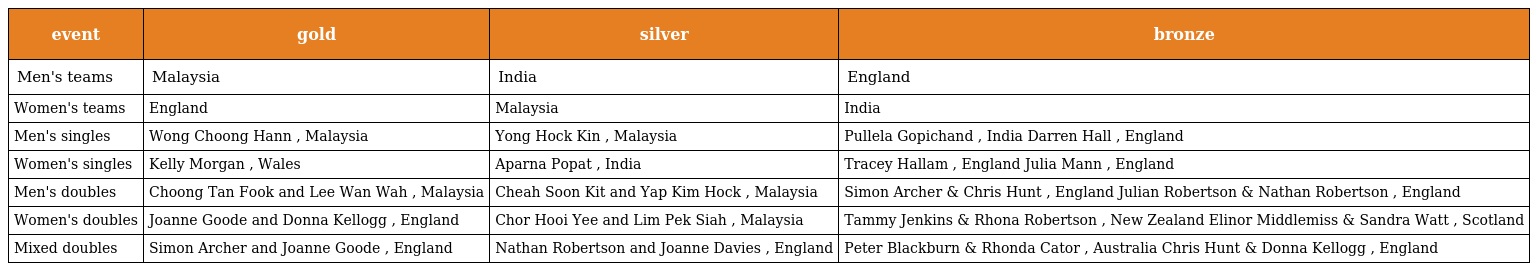
| event | gold | silver | bronze |
 | --- | --- | --- | --- |
 | Men's teams | Malaysia | India | England |
 | Women's teams | England | Malaysia | India |
 | Men's singles | Wong Choong Hann , Malaysia | Yong Hock Kin , Malaysia | Pullela Gopichand , India Darren Hall , England |
 | Women's singles | Kelly Morgan , Wales | Aparna Popat , India | Tracey Hallam , England Julia Mann , England |
 | Men's doubles | Choong Tan Fook and Lee Wan Wah , Malaysia | Cheah Soon Kit and Yap Kim Hock , Malaysia | Simon Archer & Chris Hunt , England Julian Robertson & Nathan Robertson , England |
 | Women's doubles | Joanne Goode and Donna Kellogg , England | Chor Hooi Yee and Lim Pek Siah , Malaysia | Tammy Jenkins & Rhona Robertson , New Zealand Elinor Middlemiss & Sandra Watt , Scotland |
 | Mixed doubles | Simon Archer and Joanne Goode , England | Nathan Robertson and Joanne Davies , England | Peter Blackburn & Rhonda Cator , Australia Chris Hunt & Donna Kellogg , England |